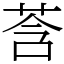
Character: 莟